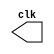
module Clock(output reg clk);

initial begin
clk = 0;
end
always
begin
#1 clk <= ~clk;
end
endmodule